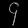
Digit: ၄